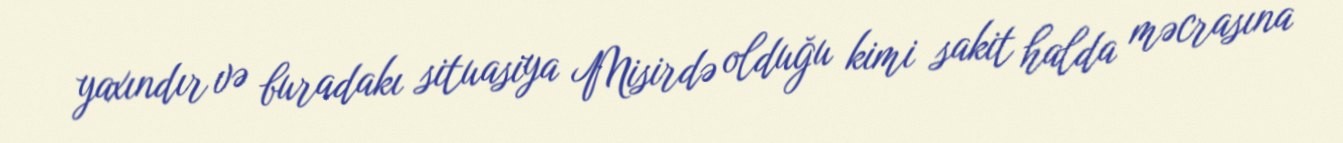
yaxındır və buradakı situasiya Misirdə olduğu kimi sakit halda məcrasına